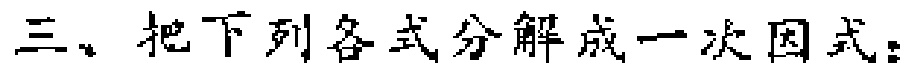
三、把下列各式分解成一次因式：